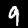
Label: 9